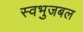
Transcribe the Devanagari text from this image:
स्वभुजबल